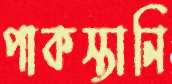
পাকস্তানি